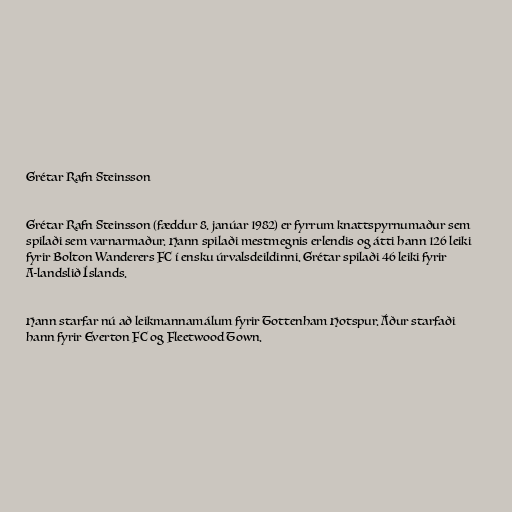
Grétar Rafn Steinsson

Grétar Rafn Steinsson (fæddur 8. janúar 1982) er fyrrum knattspyrnumaður sem
spilaði sem varnarmaður. Hann spilaði mestmegnis erlendis og átti hann 126 leiki
fyrir Bolton Wanderers FC í ensku úrvalsdeildinni. Grétar spilaði 46 leiki fyrir
A-landslið Íslands.

Hann starfar nú að leikmannamálum fyrir Tottenham Hotspur. Áður starfaði
hann fyrir Everton FC og Fleetwood Town.